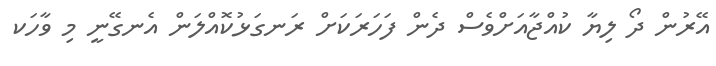
އޭރުން ދޯ ލިޔާ ކުއްޖާއަށްވެސް ދެން ފަހަރަކަށް ރަނގަޅުކޮއްލަން އެނގޭނީ މި ވާހަކ